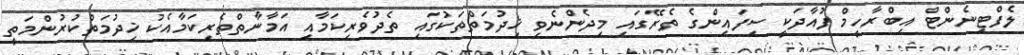
ލެފްޓިނެންޓް އިބްރާހީމް ފުއާދަކީ ސިފައިންގެ ތެރޭގައި މިދެންނެވި ޚިދުމަތްތަކުގައި ތެދުވެރިކަމާއި އަމާނާތްތެރިކަމާއެކު ޚިދުމަތްކުރުންމަތީ